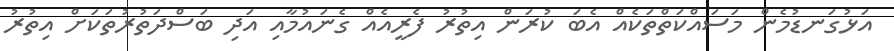
އަޅުގަނޑުމެން މަސައްކަތްތަކެއް އެބަ ކުރަން އިތުރު ފެރީއެއް ގެނައުމާއި އަދި ބަސްދަތުރުތަކަށް އިތުރު